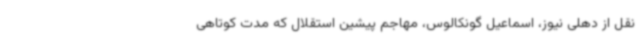
نقل از دهلی نیوز، اسماعیل گونکالوس، مهاجم پیشین استقلال که مدت کوتاهی